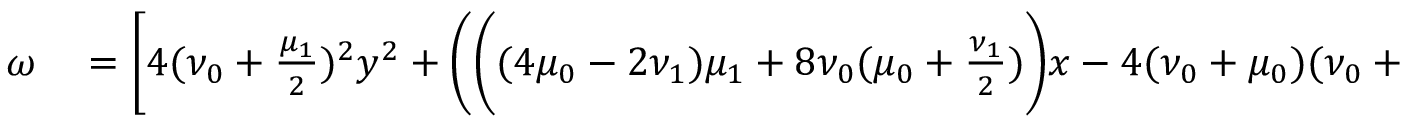
\begin{array} { r l } { \omega } & { { } = \Bigg [ 4 ( \nu _ { 0 } + \frac { \mu _ { 1 } } { 2 } ) ^ { 2 } y ^ { 2 } + \Bigg ( \bigg ( ( 4 \mu _ { 0 } - 2 \nu _ { 1 } ) \mu _ { 1 } + 8 \nu _ { 0 } ( \mu _ { 0 } + \frac { \nu _ { 1 } } { 2 } ) \bigg ) x - 4 ( \nu _ { 0 } + \mu _ { 0 } ) ( \nu _ { 0 } + \frac { \mu _ { 1 } } { 2 } ) \Bigg ) y } \end{array}